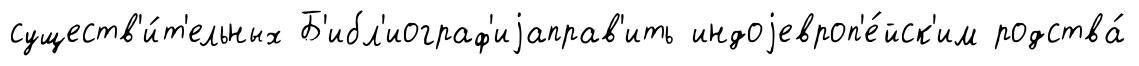
существ'и́т'ельных Б'ибл'иограф'иjаправ'ить индоjевроп'е́йск'им родства́